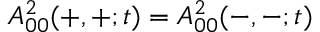
A _ { 0 0 } ^ { 2 } ( + , + ; t ) = A _ { 0 0 } ^ { 2 } ( - , - ; t )